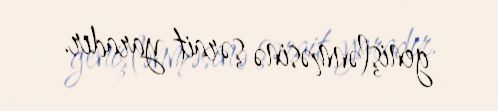
genişlənməsinə şərait yaradır.